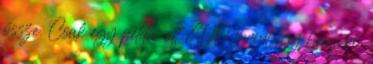
össze. Csak egy példa. ott 800 forint egy brassói.